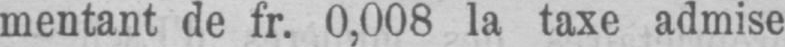
mentant de fr. 0,008 la taxe admise